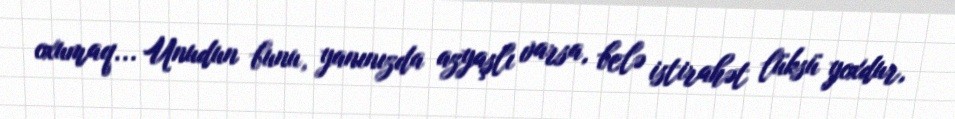
oxumaq... Unudun bunu, yanınızda azyaşlı varsa, belə istirahət lüksü yoxdur,